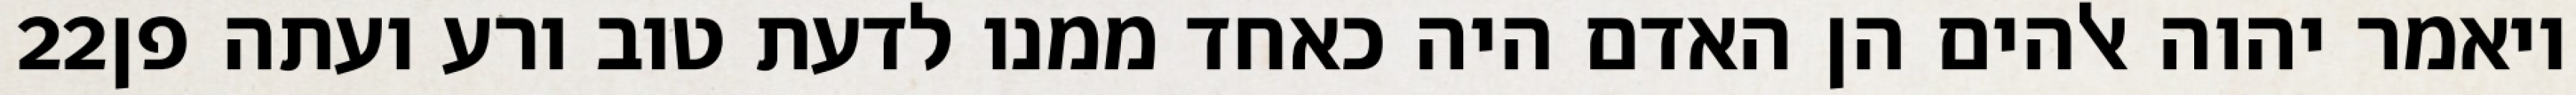
‎22‏ ויאמר יהוה אלהים הן האדם היה כאחד ממנו לדעת טוב ורע ועתה פן